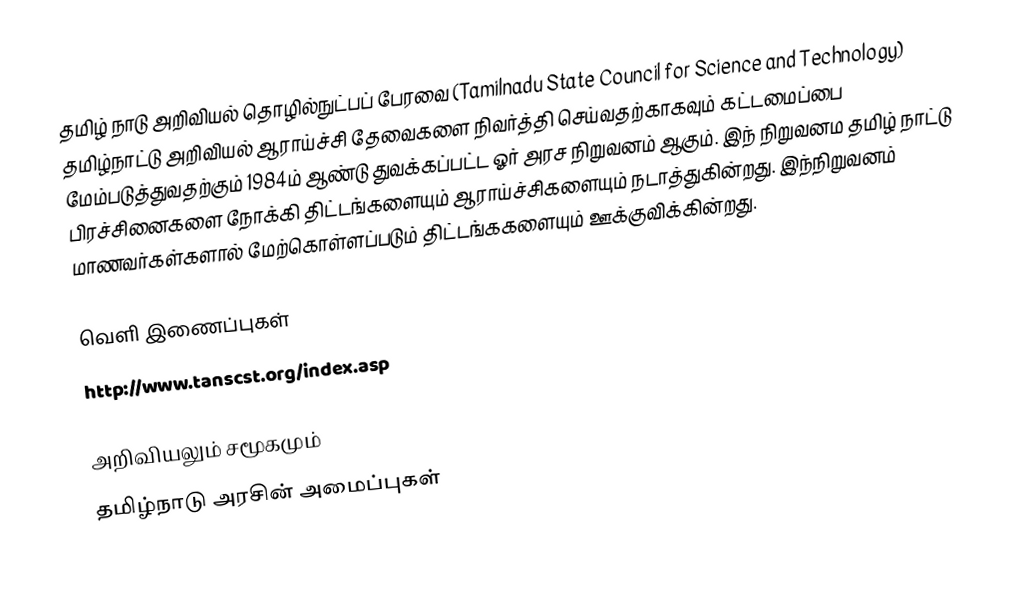
தமிழ் நாடு அறிவியல் தொழில்நுட்பப் பேரவை (Tamilnadu State Council for Science and Technology) தமிழ்நாட்டு அறிவியல் ஆராய்ச்சி தேவைகளை நிவர்த்தி செய்வதற்காகவும் கட்டமைப்பை மேம்படுத்துவதற்கும் 1984ம் ஆண்டு துவக்கப்பட்ட ஓர் அரச நிறுவனம் ஆகும்.  இந் நிறுவனம தமிழ் நாட்டு பிரச்சினைகளை நோக்கி திட்டங்களையும் ஆராய்ச்சிகளையும் நடாத்துகின்றது.  இந்நிறுவனம் மாணவர்கள்களால் மேற்கொள்ளப்படும் திட்டங்ககளையும் ஊக்குவிக்கின்றது.

வெளி இணைப்புகள்
 http://www.tanscst.org/index.asp

அறிவியலும் சமூகமும்
தமிழ்நாடு அரசின் அமைப்புகள்